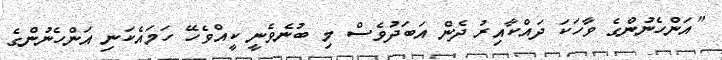
"އަންހެނުންގެ ވާހަކަ ދައްކާއިރު ދެން އަބަދުވެސް މި ބުނެވެނީ ކީއްވެހޭ ހަމައެކަނި އަންހެނުންގެ